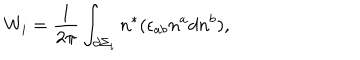
W _ { i } = \frac 1 { 2 \pi } \int _ { \partial \Sigma _ { i } } n ^ { * } ( \epsilon _ { a b } n ^ { a } d n ^ { b } ) ,